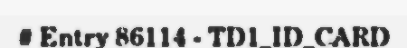
# Entry 86114 - TD1_ID_CARD